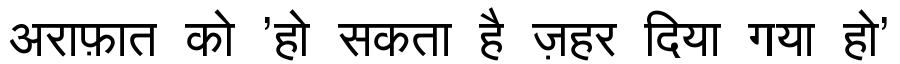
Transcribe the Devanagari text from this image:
अराफ़ात को 'हो सकता है ज़हर दिया गया हो'